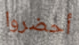
أحضروا